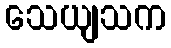
သေယျသက